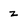
Character: z